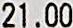
21.00